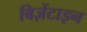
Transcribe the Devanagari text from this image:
बिज़ेंटाइन